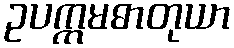
ဥပက္ကမဓာတုယာ